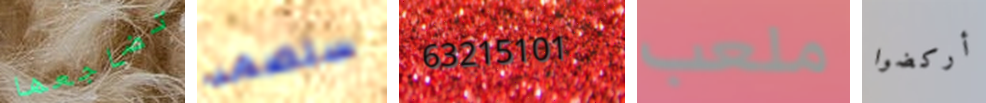
تضاجعها ستصمد 63215101 ملعب أركضوا